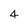
Character: 4